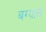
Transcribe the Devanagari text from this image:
बग्यास